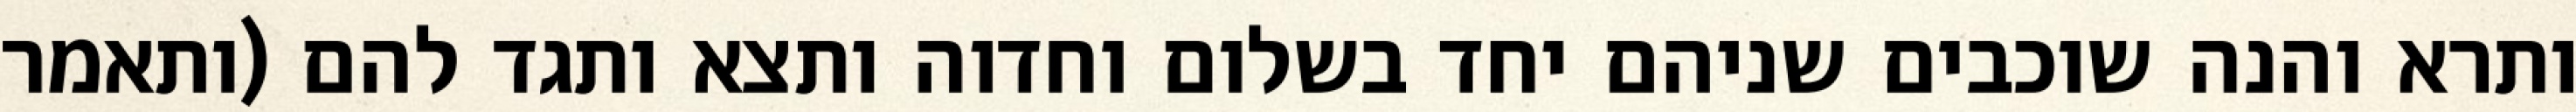
ותרא והנה שוכבים שניהם יחד בשלום וחדוה ותצא ותגד להם (ותאמר